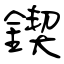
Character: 鍥